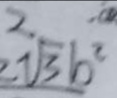
2 \sqrt [ 2 ] { 3 } b ^ { 2 }